Vaccine operations Central Provinces 1886-1899 - 1886-1899
Year: 1886
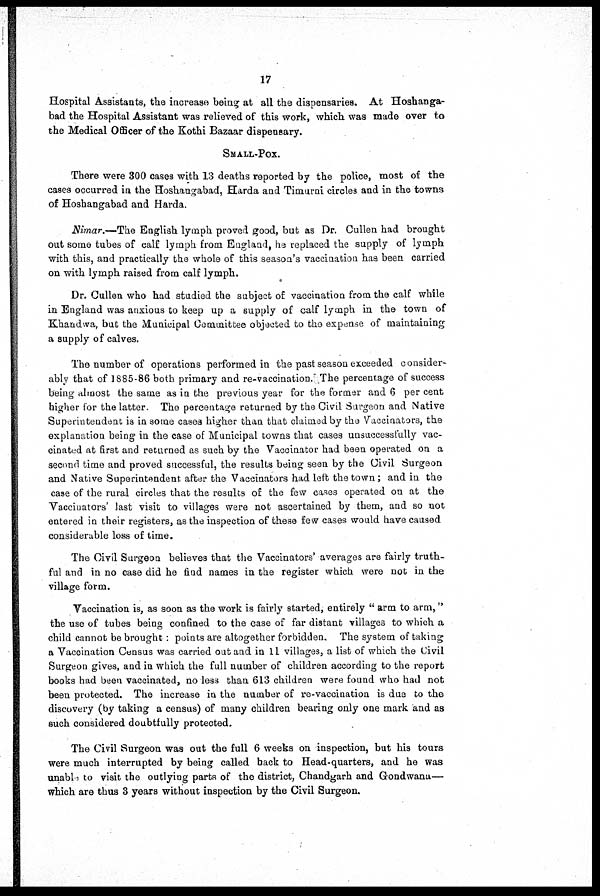
17
Hospital Assistants, the increase being at all the dispensaries. At Hoshanga-
bad the Hospital Assistant was relieved of this work, which was made over to
the Medical Officer of the Kothi Bazaar dispensary.
SMALL-POX.
There were 300 cases with 13 deaths reported by the police, most of the
cases occurred in the Hoshangabad, Harda and Timurni circles and in the towns
of Hoshangabad and Harda.
Nimar.—The English lymph proved good, but as Dr. Cullen had brought
out some tubes of calf lymph from England, he replaced the supply of lymph
with this, and practically the whole of this season's vaccination has been carried
on with lymph raised from calf lymph.
Dr. Cullen who had studied the subject of vaccination from the calf while
in England was anxious to keep up a supply of calf lymph in the town of
Khandwa, but the Municipal Committee objected to the expense of maintaining
a supply of calves.
The number of operations performed in the past season exceeded consider-
ably that of 1885-86 both primary and re-vaccination. The percentage of success
being almost the same as in the previous year for the former and 6 per cent
higher for the latter. The percentage returned by the Civil Surgeon and Native
Superintendent is in some cases higher than that claimed by the Vaccinators, the
explanation being in the case of Municipal towns that cases unsuccessfully vac-
cinated at first and returned as such by the Vaccinator had been operated on a
second time and proved successful, the results being seen by the Civil Surgeon
and Native Superintendent after the Vaccinators had left the town; and in the
case of the rural circles that the results of the few cases operated on at the
Vaccinators' last visit to villages were not ascertained by them, and so not
entered in their registers, as the inspection of these few cases would have caused
considerable loss of time.
The Civil Surgeon believes that the Vaccinators' averages are fairly truth-
ful and in no case did he find names in the register which were not in the
village form.
Vaccination is, as soon as the work is fairly started, entirely " arm to arm,"
the use of tubes being confined to the case of far distant villages to which a
child cannot be brought: points are altogether forbidden. The system of taking
a Vaccination Census was carried out and in 11 villages, a list of which the Civil
Surgeon gives, and in which the full number of children according to the report
books had been vaccinated, no less than 613 children were found who had not
been protected. The increase in the number of re-vaccination is due to the
discovery (by taking a census) of many children bearing only one mark and as
such considered doubtfully protected.
The Civil Surgeon was out the full 6 weeks on inspection, but his tours
were much interrupted by being called back to Head-quarters, and he was
unable to visit the outlying parts of the district, Chandgarh and Gondwana—
which are thus 3 years without inspection by the Civil Surgeon.